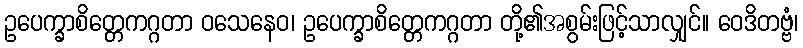
ဥပေက္ခာစိတ္တေကဂ္ဂတာ ဝသေနေဝ၊ ဥပေက္ခာစိတ္တေကဂ္ဂတာ တို့၏အစွမ်းဖြင့်သာလျှင်။ ဝေဒိတဗ္ဗံ၊